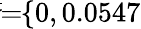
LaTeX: \! \! \! \overline{{\sigma}}\! \! =\! \! \{ 0,0.0547\} \! \! \!